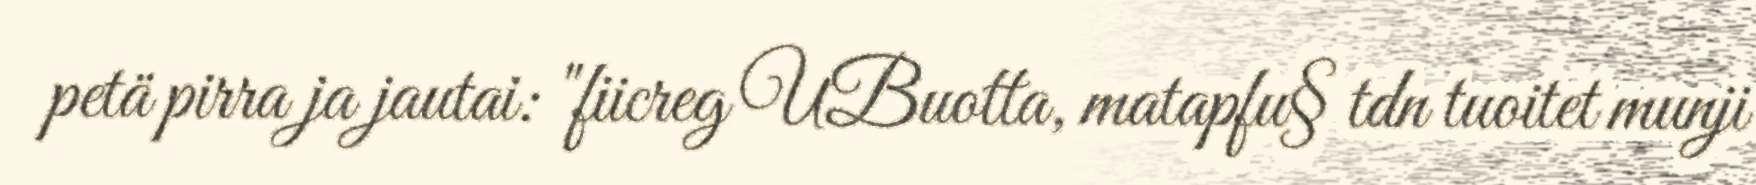
petä pirra ja jautai: "fiicreg UBuotta, matapfu§ tdn tuoitet munji